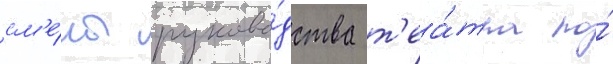
см'е́ны руково́дства т'еа́тра по́